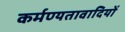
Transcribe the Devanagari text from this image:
कर्मण्यतावादियों